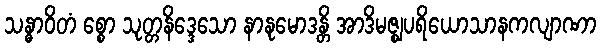
သန္ဓာဝိတံ စ္စော သုတ္တနိဒ္ဒေသော နာနုမောဒန္တိ အာဒိမဇ္ဈပရိယောသာနကလျာဏာ